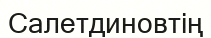
Салетдиновтің